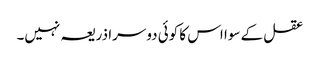
عقل کے سوا اس کا کوئی دوسرا ذریعہ نہیں۔